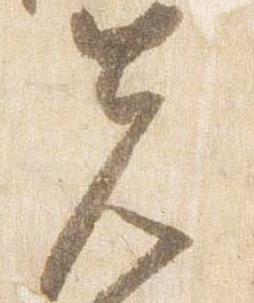
先